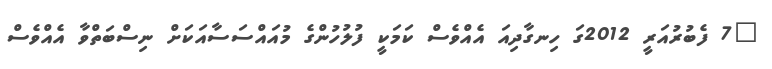
"7 ފެބުރުއަރީ 2012ގަ ހިނގާދިއަ އެއްވެސް ކަމަކީ ފުލުހުންގެ މުއައްސަސާއަކަށް ނިސްބަތްވާ އެއްވެސް